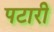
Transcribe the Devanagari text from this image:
पटारी